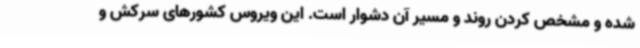
شده و مشخص کردن روند و مسیر آن دشوار است. این ویروس کشورهای سرکش و